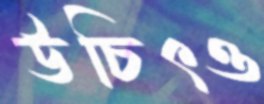
উচিৎও